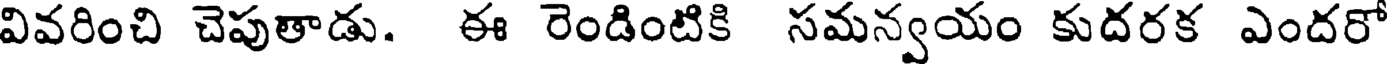
వివరించి చెపుతాడు. ఈ రెండింటికి సమన్వయం కుదరక ఎందరో